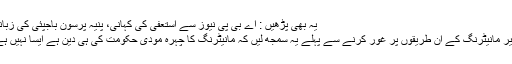
یہ بھی پڑھیں : اے بی پی نیوز سے استعفیٰ کی کہانی، پنیہ پرسون باجپئی کی زبانی
خیر مانیٹرنگ کے ان طریقوں پر غور کرنے سے پہلے یہ سمجھ لیں کہ مانیٹرنگ کا چہرہ مودی حکومت کی ہی دین ہے ایسا نہیں ہے۔